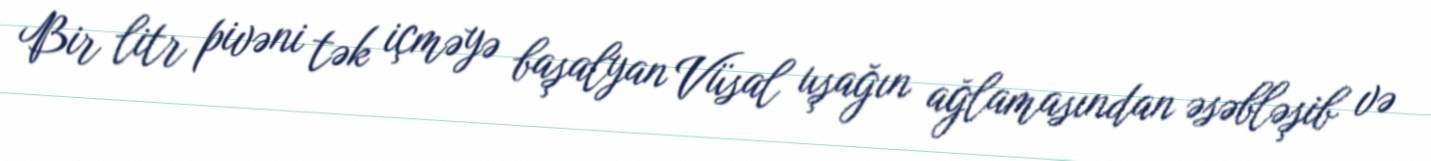
Bir litr pivəni tək içməyə başalyan Vüsal uşağın ağlamasından əsəbləşib və